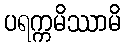
ပရက္ကမိဿာမိ